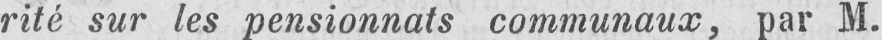
rité sur les pensionnats communaux, par M.